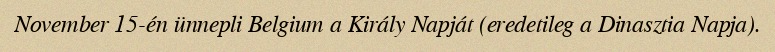
November 15-én ünnepli Belgium a Király Napját (eredetileg a Dinasztia Napja).